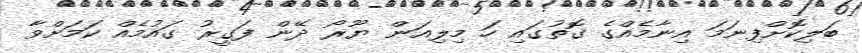
ބަލިކޮށްފިނަމަ އިނާމެއްގެ ގޮތުގައި ހަ މިލިއަން ޔޫރޯ ދޭން ފަގީރު ގައުމެއް ކަމަށްވާ